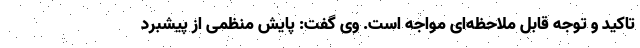
تاکید و توجه قابل ملاحظه‌ای مواجه است. وی گفت: پایش منظمی از پیشبرد